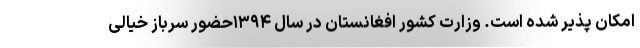
امکان پذیر شده است. وزارت کشور افغانستان در سال ۱۳۹۴حضور سرباز خیالی